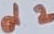
Text: d2